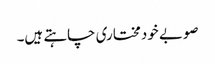
صوبے خودمختاری چاہتے ہیں۔